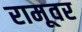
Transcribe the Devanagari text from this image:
रामूवर